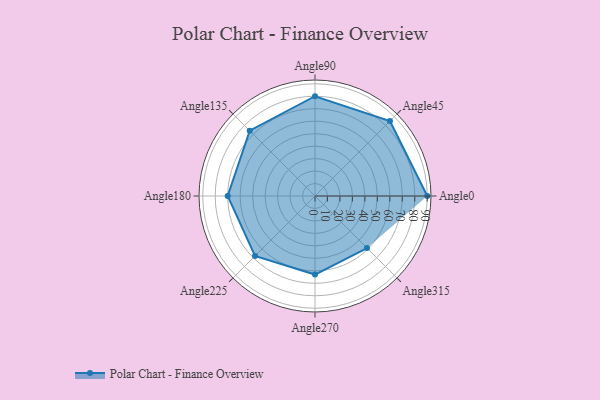
{"axis": {"x": "Angle", "y": "Radius"}, "legend": [""], "data": [{"x": "Angle0", "y": 90.0, "type": ""}, {"x": "Angle45", "y": 85.0, "type": ""}, {"x": "Angle90", "y": 80.0, "type": ""}, {"x": "Angle135", "y": 74.0, "type": ""}, {"x": "Angle180", "y": 70.0, "type": ""}, {"x": "Angle225", "y": 68.0, "type": ""}, {"x": "Angle270", "y": 63.0, "type": ""}, {"x": "Angle315", "y": 59.0, "type": ""}]}